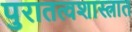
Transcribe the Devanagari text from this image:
पुरातत्वशास्त्रात